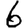
Digit: 6